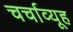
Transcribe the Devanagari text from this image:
चर्चाव्यूह